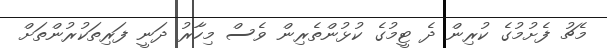
މެޗު ފެށުމުގެ ކުރިން ދެ ޓީމުގެ ކުޅުންތެރިން ވެސް މިހާރު ދަނީ ފަރިތަކުރުންތަށް